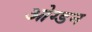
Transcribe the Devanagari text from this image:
ओग्डन